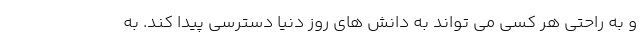
و به راحتی هر کسی می تواند به دانش های روز دنیا دسترسی پیدا کند. به